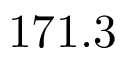
1 7 1 . 3